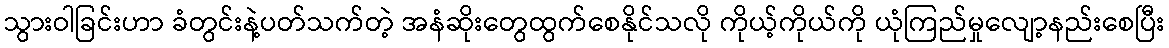
သွားဝါခြင်းဟာ ခံတွင်းနဲ့ပတ်သက်တဲ့ အနံဆိုးတွေထွက်စေနိုင်သလို ကိုယ့်ကိုယ်ကို ယုံကြည်မှုလျော့နည်းစေပြီး